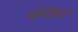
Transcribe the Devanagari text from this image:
मंशिया